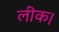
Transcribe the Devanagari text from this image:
लीक।